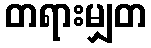
တရားမျှတ